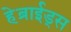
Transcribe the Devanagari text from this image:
हेब्राईड्स